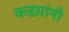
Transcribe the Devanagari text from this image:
कडय़ांनी